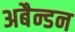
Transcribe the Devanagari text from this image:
अबैन्डन